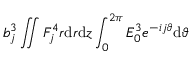
b _ { j } ^ { 3 } \iint F _ { j } ^ { 4 } r \mathrm { d } r \mathrm { d } z \int _ { 0 } ^ { 2 \pi } { \cal E } _ { 0 } ^ { 3 } e ^ { - i j \vartheta } \mathrm { d } \vartheta